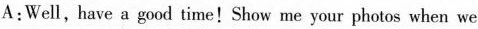
A:Well, have a good time!Show me your photos when we